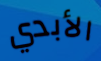
الأبدي